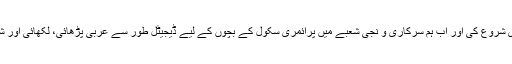
بعد ازاں ہم نے ایپلی کیشنز کی تیاری شروع کی اور اب ہم سرکاری و نجی شعبے میں پرائمری سکول کے بچوں کے لیے ڈیجیٹل طور سے عربی پڑھائی، لکھائی اور شماریاتی تعلیم کا مواد تیار کرتی ہیں۔